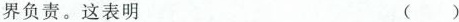
界负责。这表明 ( )